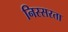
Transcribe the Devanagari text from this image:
निस्सरता